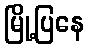
မြို့ပြနေ